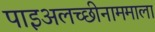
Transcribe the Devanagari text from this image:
पाइअलच्छीनाममाला